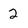
Character: 2